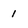
Character: 1